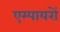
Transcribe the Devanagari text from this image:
एम्पायरों